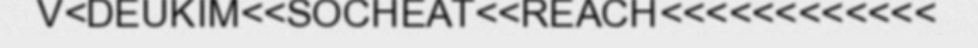
V<DEUKIM<<SOCHEAT<<REACH<<<<<<<<<<<<